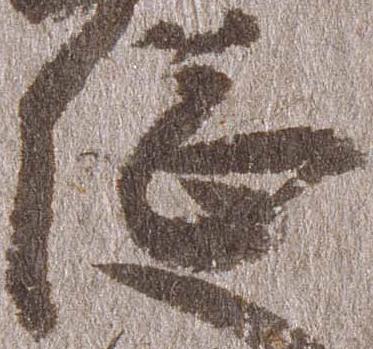
総